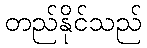
တည်နိုင်သည်